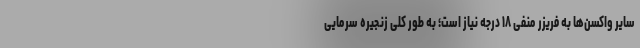
سایر واکسن‌ها به فریزر منفی ۱۸ درجه نیاز است؛ به طور کلی زنجیره سرمایی